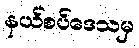
နယ်စပ်ဒေသမှ